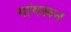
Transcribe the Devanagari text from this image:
गांगरून